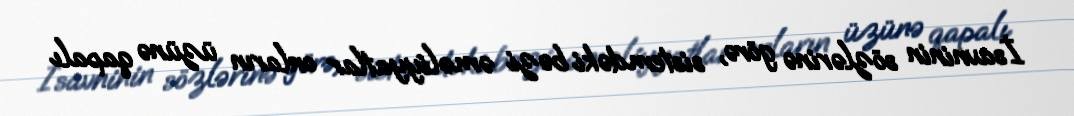
İsavninin sözlərinə görə, sistemdəki bəzi əməliyyatlar onların üzünə qapalı